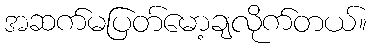
အဆက်မပြတ်မော့ချလိုက်တယ်။